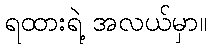
ရထားရဲ့ အလယ်မှာ။